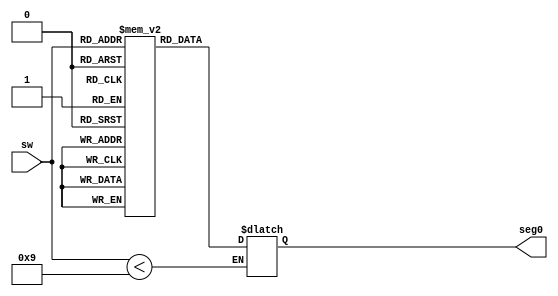
module mySegBCD (sw, seg0);
	input [3:0] sw;						
	output [8:0] seg0;		 
       
	reg [8:0] seg [9:0];   
	reg [8:0] seg0;	
	
   initial                                                                                                                          //initialalways
	begin
		seg[0] = 9'h3f;                                           
		seg[1] = 9'h06;                                           
		seg[2] = 9'h5b;                                           
		seg[3] = 9'h4f;                                           
		seg[4] = 9'h66;                                           
		seg[5] = 9'h6d;                                           
		seg[6] = 9'h7d;                                           
		seg[7] = 9'h07;                                          
		seg[8] = 9'h7f;                                        
		seg[9] = 9'h6f;                                           
   end
	
	always@(sw)
	begin
		if(sw < 4'b1001)
			seg0 = seg[sw];
		else
			seg0 = seg0;
	end
endmodule

//`timescale 10ns/1ns

//module counter(rst, seg1);
//	input rst;
//	output [8:0]seg1;
//	
//	always@(rst)
//	begin
//		
//	end
//endmodule